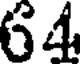
64